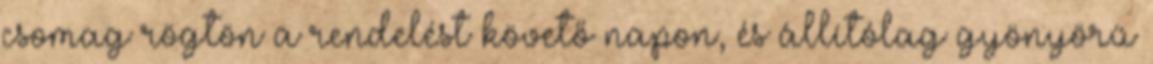
csomag rögtön a rendelést követő napon, és állítólag gyönyörű